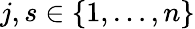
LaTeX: j,s\in\{ 1,\ldots,n\}